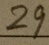
2 9